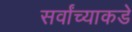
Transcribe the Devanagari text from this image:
सर्वांच्याकडे